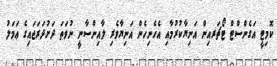
ކޮމިޓީ އަގެންސްޓް ޓޯޗަރއިން އަނިޔާކުރުމާއި އެހެނިހެން އަނިޔާވެރި ލާއިންސާނީ ނުވަތަ ދަށުދަރަޖައިގެ ޢަމަލު